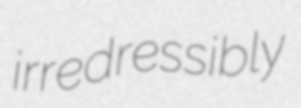
irredressibly